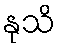
နုသိ